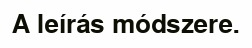
A leírás módszere.